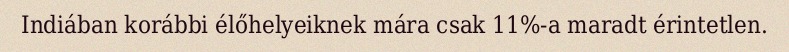
Indiában korábbi élőhelyeiknek mára csak 11%-a maradt érintetlen.